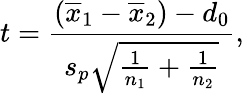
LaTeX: t={\frac{({\overline{{x}}}_{1}-{\overline{{x}}}_{2})-d_{0}}{s_{p}{\sqrt{{\frac{1}{n_{1}}}+{\frac{1}{n_{2}}}}}}},